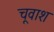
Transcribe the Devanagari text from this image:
चूवाश